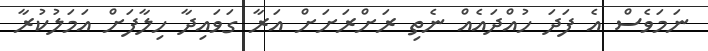
ނަމަވެސް އެ ފަދަ ހުއްދައެއް ނެތި ރަށްރަށަށް އަރާ ގަވައިދާ ހިލާފަށް އަމަލުކުރާ